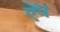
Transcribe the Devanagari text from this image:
ऐंप